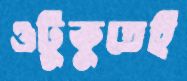
ওটুকুতেই